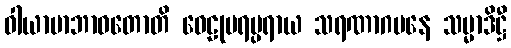
ဝါယာမာဘာဝတောတိ ဝေဠုပရမ္ပရာယ သရဏာဂမနေ သမ္မာဒိဋ္ဌီ